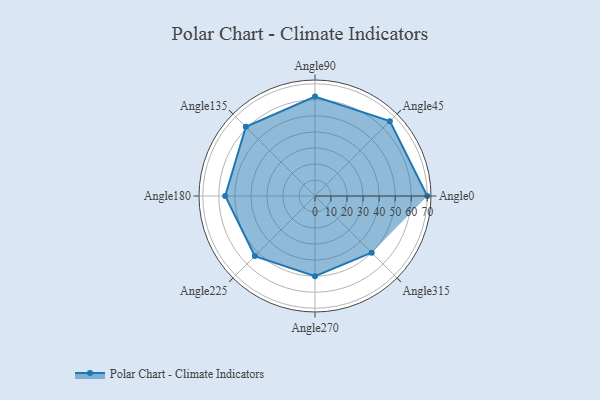
{"axis": {"x": "Angle", "y": "Radius"}, "legend": [""], "data": [{"x": "Angle0", "y": 70.0, "type": ""}, {"x": "Angle45", "y": 66.0, "type": ""}, {"x": "Angle90", "y": 62.0, "type": ""}, {"x": "Angle135", "y": 61.0, "type": ""}, {"x": "Angle180", "y": 56.0, "type": ""}, {"x": "Angle225", "y": 53.0, "type": ""}, {"x": "Angle270", "y": 50, "type": ""}, {"x": "Angle315", "y": 50, "type": ""}]}